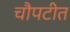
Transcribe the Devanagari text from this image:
चौपटीत